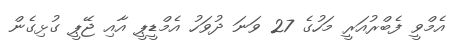
އެމްވީ ފެބްރުއަރީ މަހުގެ 27 ވަނަ ދުވަހު އެމްޑީޕީ އާއި ޖޭޕީ ގުޅިގެން